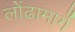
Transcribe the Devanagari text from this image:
लोंढामार्गे